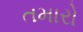
તમારો